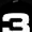
Digit: 3